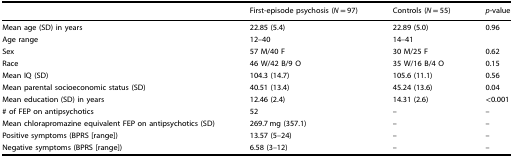
<table><thead><tr><td></td><td><b>First-episode psychosis (<i>N</i> = 97)</b></td><td><b>Controls (<i>N</i> = 55)</b></td><td><b><i>p</i>-value</b></td></tr></thead><tbody><tr><td>Mean age (SD) in years</td><td>22.85 (5.4)</td><td>22.89 (5.0)</td><td>0.96</td></tr><tr><td>Age range</td><td>12–40</td><td>14–41</td><td></td></tr><tr><td>Sex</td><td>57 M/40 F</td><td>30 M/25 F</td><td>0.62</td></tr><tr><td>Race</td><td>46 W/42 B/9 O</td><td>35 W/16 B/4 O</td><td>0.15</td></tr><tr><td>Mean IQ (SD)</td><td>104.3 (14.7)</td><td>105.6 (11.1)</td><td>0.56</td></tr><tr><td>Mean parental socioeconomic status (SD)</td><td>40.51 (13.4)</td><td>45.24 (13.6)</td><td>0.04</td></tr><tr><td>Mean education (SD) in years</td><td>12.46 (2.4)</td><td>14.31 (2.6)</td><td>&lt;0.001</td></tr><tr><td># of FEP on antipsychotics</td><td>52</td><td>–</td><td>–</td></tr><tr><td>Mean chlorapromazine equivalent FEP on antipsychotics (SD)</td><td>269.7 mg (357.1)</td><td>–</td><td>–</td></tr><tr><td>Positive symptoms (BPRS [range])</td><td>13.57 (5–24)</td><td>–</td><td>–</td></tr><tr><td>Negative symptoms (BPRS [range])</td><td>6.58 (3–12)</td><td>–</td><td>–</td></tr></tbody></table>